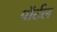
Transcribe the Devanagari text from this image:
पॉर्टल